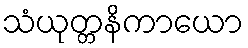
သံယုတ္တနိကာယော